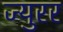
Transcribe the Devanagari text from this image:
ज्युरर